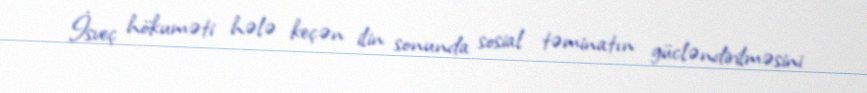
İsveç hökuməti hələ keçən ilin sonunda sosial təminatın gücləndirilməsini